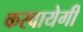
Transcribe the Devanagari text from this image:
करवायेगी